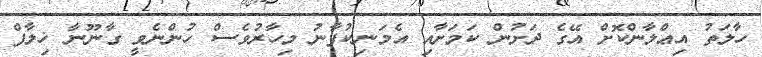
ހާލަތު އިޢްލާންކޮށް އޭގެ ދަށުން ކަމަށާއި އެމަނިކުފާނު މިހާރުވެސް ހުންނެވީ ގާނޫނާ ޚިލާފް